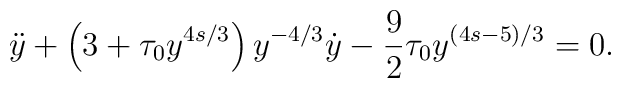
\ddot y + \left( 3 + \tau_0 y^{4s/3} \right) y^{-4/3} \dot y -\frac92 \tau_0 y^{(4s-5)/3}=0.